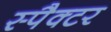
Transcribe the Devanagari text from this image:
स्पैक्टर